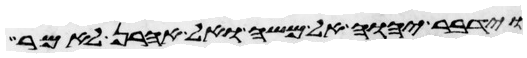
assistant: וידבר יהוה אל משה ואל אהרן לאמר